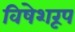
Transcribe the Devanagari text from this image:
विषेशरूप